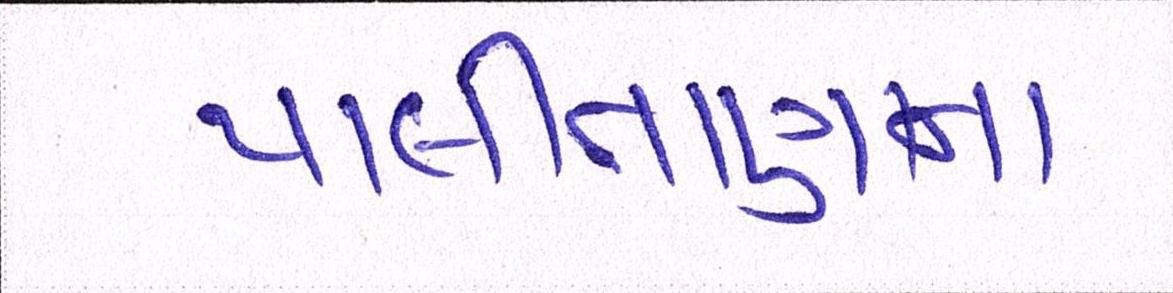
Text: પાલીતાણાના